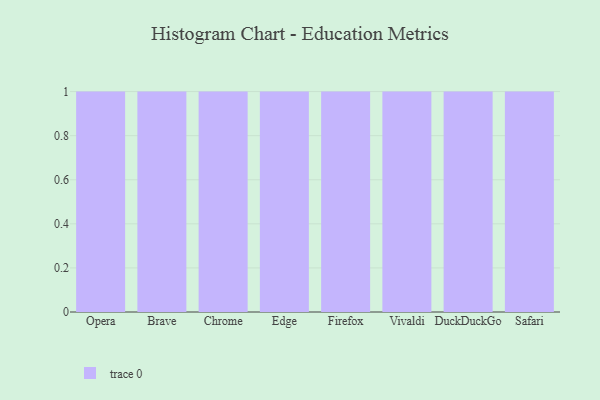
{"axis": {"x": "Browser", "y": "Population (Million)"}, "legend": [""], "data": [{"x": "Opera", "y": 16, "type": ""}, {"x": "Brave", "y": 19, "type": ""}, {"x": "Chrome", "y": 70, "type": ""}, {"x": "Edge", "y": 35, "type": ""}, {"x": "Firefox", "y": 39, "type": ""}, {"x": "Vivaldi", "y": 91, "type": ""}, {"x": "DuckDuckGo", "y": 72, "type": ""}, {"x": "Safari", "y": 75, "type": ""}]}